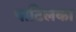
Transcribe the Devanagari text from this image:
पाटिलका